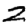
Digit: 2